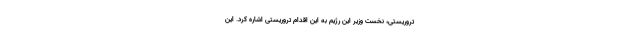
تروریستی، نخست وزیر این رژیم به این اقدام تروریستی اشاره کرد. این